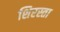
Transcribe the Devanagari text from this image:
शिरस्ता